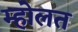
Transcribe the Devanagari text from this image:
म्होलत